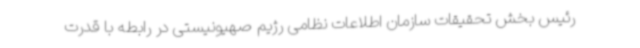
رئیس بخش تحقیقات سازمان اطلاعات نظامی رژیم صهیونیستی در رابطه با قدرت